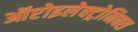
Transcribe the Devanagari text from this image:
ऑप्टोइलेक्ट्रोनिक्स